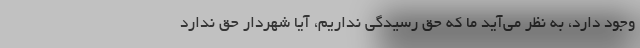
وجود دارد، به نظر می‌آید ما که حق رسیدگی نداریم، آیا شهردار حق ندارد